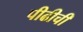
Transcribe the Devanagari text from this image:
पीढीची